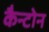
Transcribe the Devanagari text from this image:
कैन्टोन